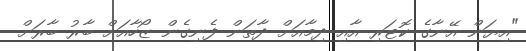
"އިޔަން އޭނާގެ ކޮޓަރި އާއި ދިމާއަށް ދާތަން ފެނިގެން ޒޯހާއަށް ބާރު ބާރަށް